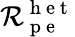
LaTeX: \mathcal{R}_{\mathrm{{~p~e~}}}^{\mathrm{{~h~e~t~}}}